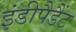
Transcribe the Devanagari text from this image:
इंडीपैडैंट